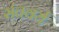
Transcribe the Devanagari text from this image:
संतवर्य